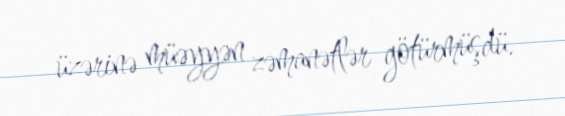
üzərinə müəyyən zəmanətlər götürmüşdü.